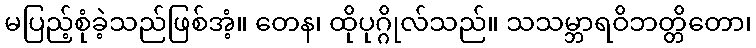
မပြည့်စုံခဲ့သည်ဖြစ်အံ့။ တေန၊ ထိုပုဂ္ဂိုလ်သည်။ သသမ္ဘာရဝိဘတ္တိတော၊